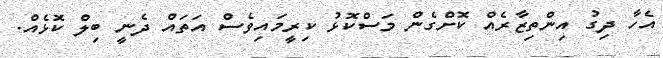
އެހާ ދިގު އިންތިޒާރެއް ކޮށްގެން މަސްކޮޅު ކިރީމައިވެސް އަތައް ދެނީ ބިލް ކޮޅެއް.